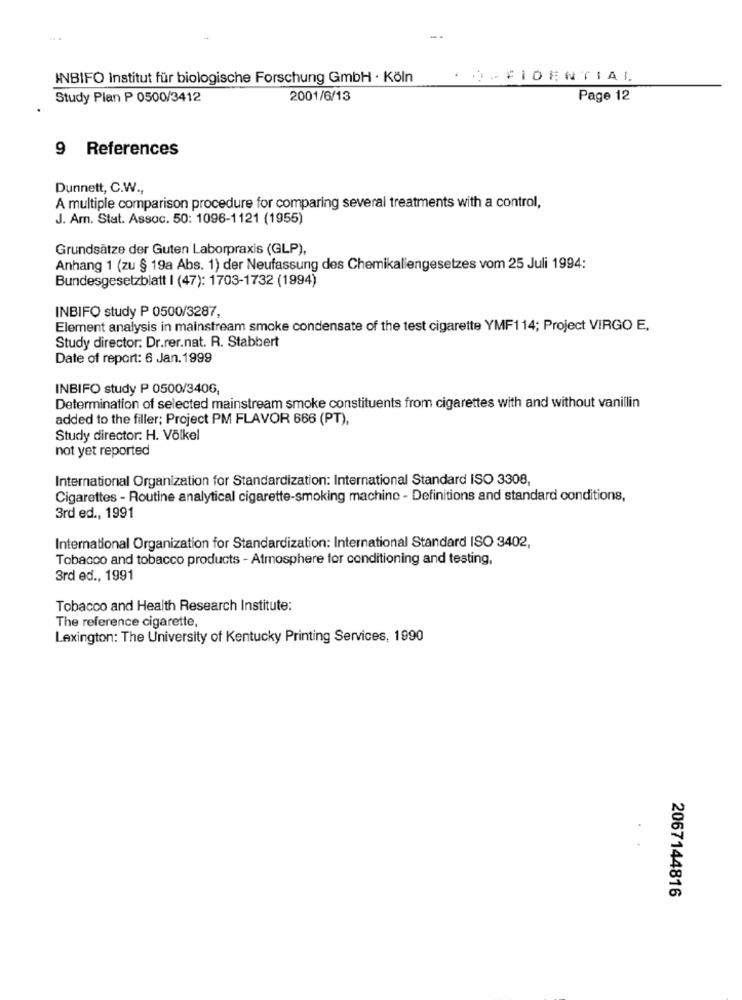
INBIFO Institut für biologische Forschung GmbH · Köln
.)- FIDENTIAL
Study Plan P 0500/3412
2001/6/13
Page 12
9 References
Dunnett, C.W .,
A multiple comparison procedure for comparing several treatments with a control,
J. Am. Stat. Assoc. 50: 1096-1121 (1955)
Grundsätze der Guten Laborpraxis (GLP),
Anhang 1 (zu § 19a Abs. 1) der Neufassung des Chemikaliengesetzes vom 25 Juli 1994:
Bundesgesetzblatt I (47): 1703-1732 (1994)
INBIFO study P 0500/3287,
Element analysis in mainstream smoke condensate of the test cigarette YMF114; Project VIRGO E.
Study director: Dr.rer.nat. R. Stabbert
Date of report: 6 Jan. 1999
INBIFO study P 0500/3406,
Determination of selected mainstream smoke constituents from cigarettes with and without vanillin
added to the filler; Project PM FLAVOR 666 (PT),
Study director: H. Volkel
not yet reported
International Organization for Standardization: International Standard ISO 3308,
Cigarettes - Routine analytical cigarette-smoking machine - Definitions and standard conditions,
3rd ed ., 1991
International Organization for Standardization: International Standard ISO 3402,
Tobacco and tobacco products - Atmosphere for conditioning and testing,
3rd ed ., 1991
Tobacco and Health Research Institute:
The reference cigarette,
Lexington: The University of Kentucky Printing Services, 1990
2067144816